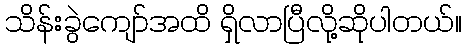
သိန်းခွဲကျော်အထိ ရှိလာပြီလို့ဆိုပါတယ်။